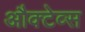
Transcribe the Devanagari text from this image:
औक्टेव्स